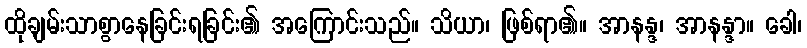
ထိုချမ်းသာစွာနေခြင်းရခြင်း၏ အကြောင်းသည်။ သိယာ၊ ဖြစ်ရာ၏။ အာနန္ဒ၊ အာနန္ဒာ။ ခေါ၊